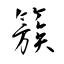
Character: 簇